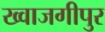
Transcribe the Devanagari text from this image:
ख्वाजगीपुर